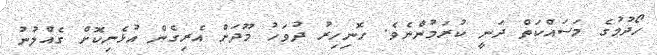
ހޯދުމުގެ މަސައްކަތް ދަނީ ކުރަމުންނެވެ. ހޮނިހިރު ދުވަހު މޫދަށް އެރިގެން އުޅެނިކޮށް ގެއްލުނު